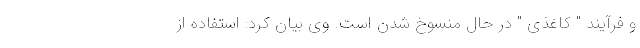
و فرآیند " کاغذی " در حال منسوخ شدن است. وی بیان کرد: استفاده از